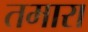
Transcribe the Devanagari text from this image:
तमारा